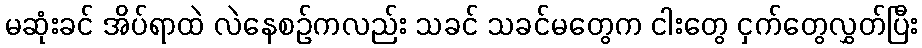
မဆုံးခင် အိပ်ရာထဲ လဲနေစဉ်ကလည်း သခင် သခင်မတွေက ငါးတွေ ငှက်တွေလွှတ်ပြီး